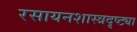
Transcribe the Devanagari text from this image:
रसायनशास्त्रदृष्ट्या